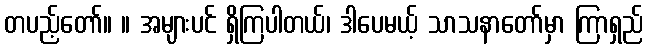
တပည့်တော်။ ။ အများပင် ရှိကြပါတယ်၊ ဒါပေမယ့် သာသနာတော်မှာ ကြာရှည်